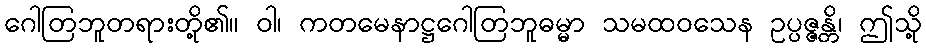
ဂေါတြဘူတရားတို့၏။ ဝါ၊ ကတမေနာဋ္ဌဂေါတြဘူဓမ္မာ သမထဝသေန ဥပ္ပဇ္ဇန္တိ၊ ဤသို့